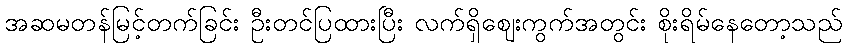
အဆမတန်မြင့်တက်ခြင်း ဦးတင်ပြထားပြီး လက်ရှိဈေးကွက်အတွင်း စိုးရိမ်နေတော့သည်